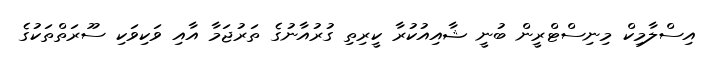
އިސްލާމިކް މިނިސްޓްރީން ބުނީ ޝާއިއުކުރާ ކީރިތި ގުރުއާނުގެ ތަރުޖަމާ އާއި ވަކިވަކި ސޫރަތްތަކުގެ